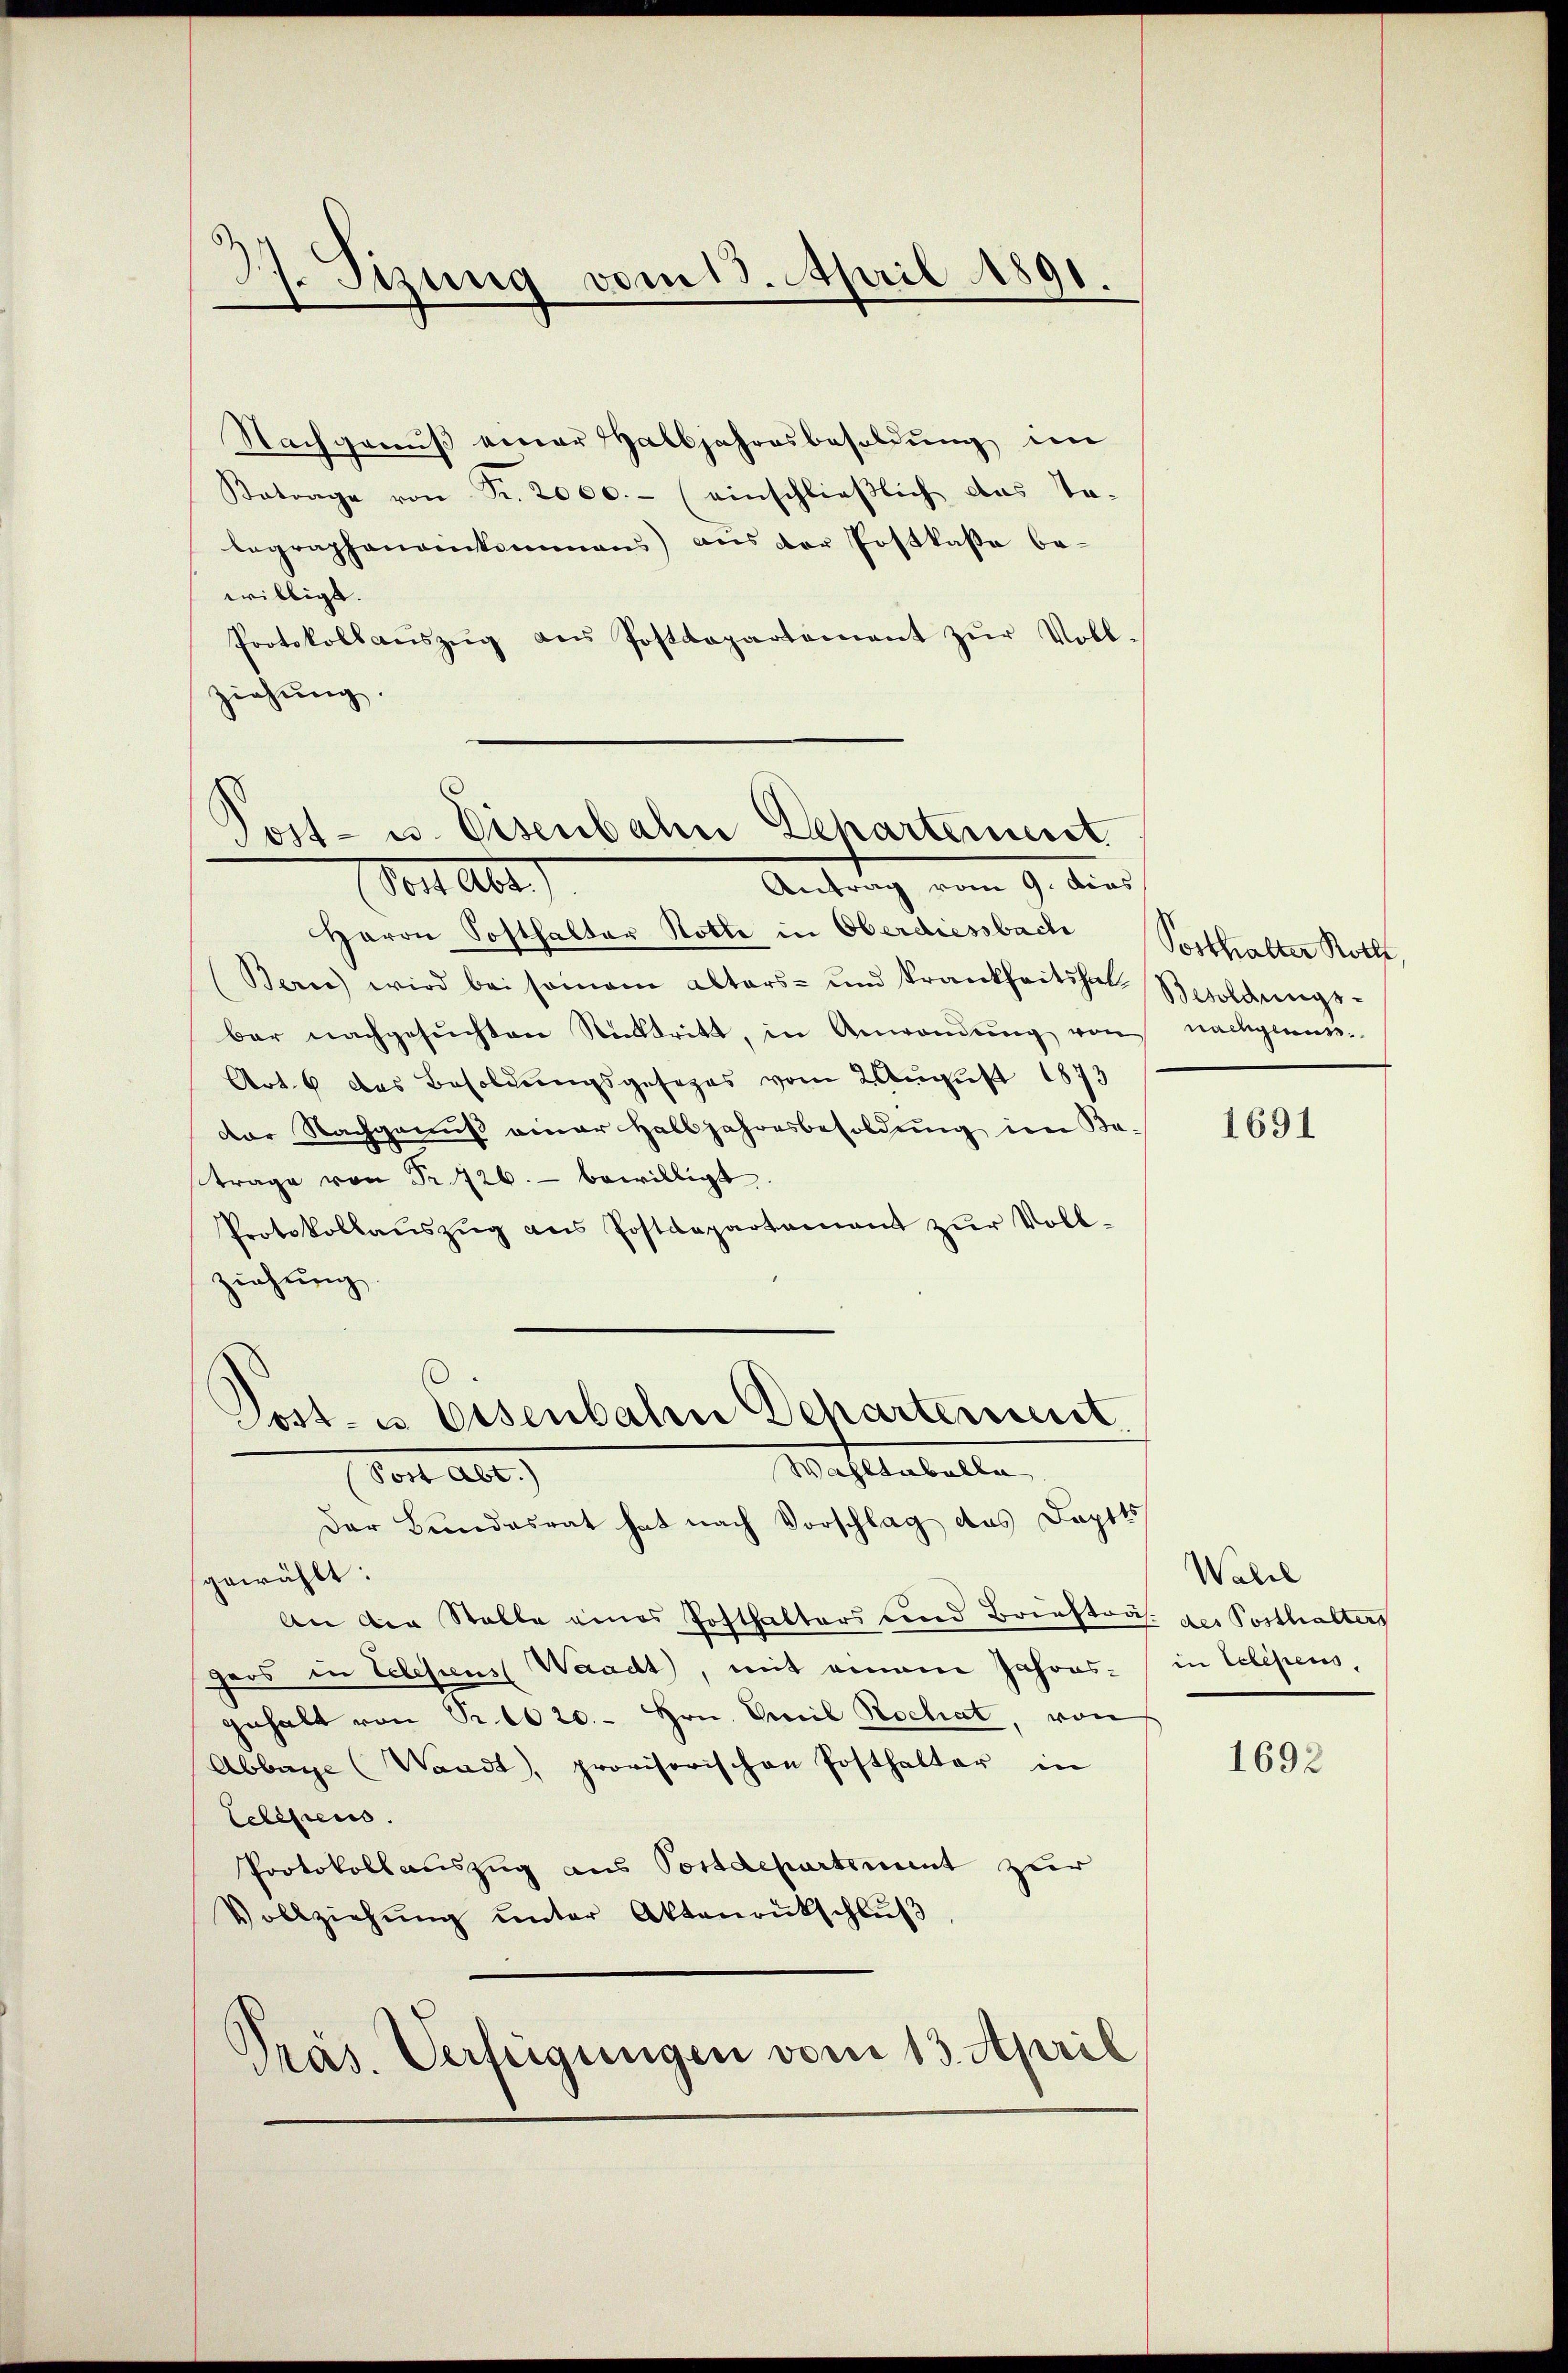
17. Sizung vom 13. April 1891.

Nachgenŭβ einer Halbjahresbesoldŭng im
Betrage von Fr. 2000.- (einschließlich das Ta-
legrapheneinkommen) aus der Postkassa be-
willigt.
Protokollaŭszŭg ans Postdepartement zŭr Voll-
ziehung.

Post- u. Eisenbahn Departement
Vor Alber
Antrag vom 9. dies

Herrn Sosthalter Rotte in Oberdiessbach Vorthalter Roth
Bern) wird bei seinem alters- und krankheitschal Besoldungs-
bar nachgesŭchten Rücktritt, in Anwendŭng von nachgland-
Art. 6 das Besoldungsgesezes vom 2 August 1873
dor Nachgenuß einer Halbjahresbesoldung im Be-
trage von Fr. 726. bewilligt.
Protokollaŭszŭg ans Postdepartamant zŭr Voll-
ziehung.
Post- u Eisenbalen Departement.

Wastentelle

Von abe
Der Bundesrat hat nach Vorschlag des Doptts
gewählt:
An der Stalle eines Posthalters und Briefträs. der Posthalters
gers in Telesens Waadt, mit einem Jahres-
gehalt von Nr. 1020.- Hrn. Emil Rochat, von
Abbagge (Waadt, provisorischen Posthalter in
Celesens.
Protokollauszug aus Postdepartement zur
Vollziehung unter Aktenrückschluß
Präs. Verfügungen vom 13. April

1691

Wall
in Schefens,

1692